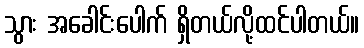
သွား အခေါင်းပေါက် ရှိတယ်လို့ထင်ပါတယ်။